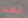
نعم